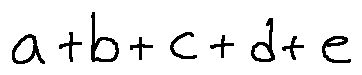
a + b + c + d + e